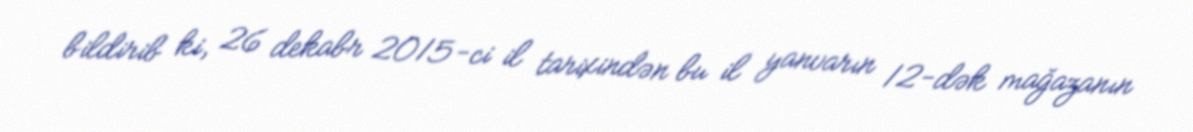
bildirib ki, 26 dekabr 2015-ci il tarixindən bu il yanvarın 12-dək mağazanın